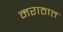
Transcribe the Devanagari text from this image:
मराठात